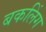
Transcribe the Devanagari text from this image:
बकलिंग